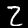
Label: 2